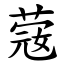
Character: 䓻